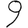
Digit: 9